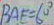
B A E = 6 0 ^ { \circ }